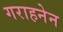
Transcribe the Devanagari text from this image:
गराहनेन